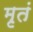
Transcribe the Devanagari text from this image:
मृतं